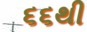
૬૬થી